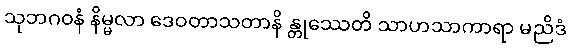
သုဘဂဝနံ နိမ္မလာ ဒေဝတာသတာနိ န္တုဿေတိ သာဟသာကာရာ မညိဒံ